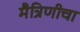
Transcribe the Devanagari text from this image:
मैत्रिणीचा